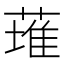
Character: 𫉊